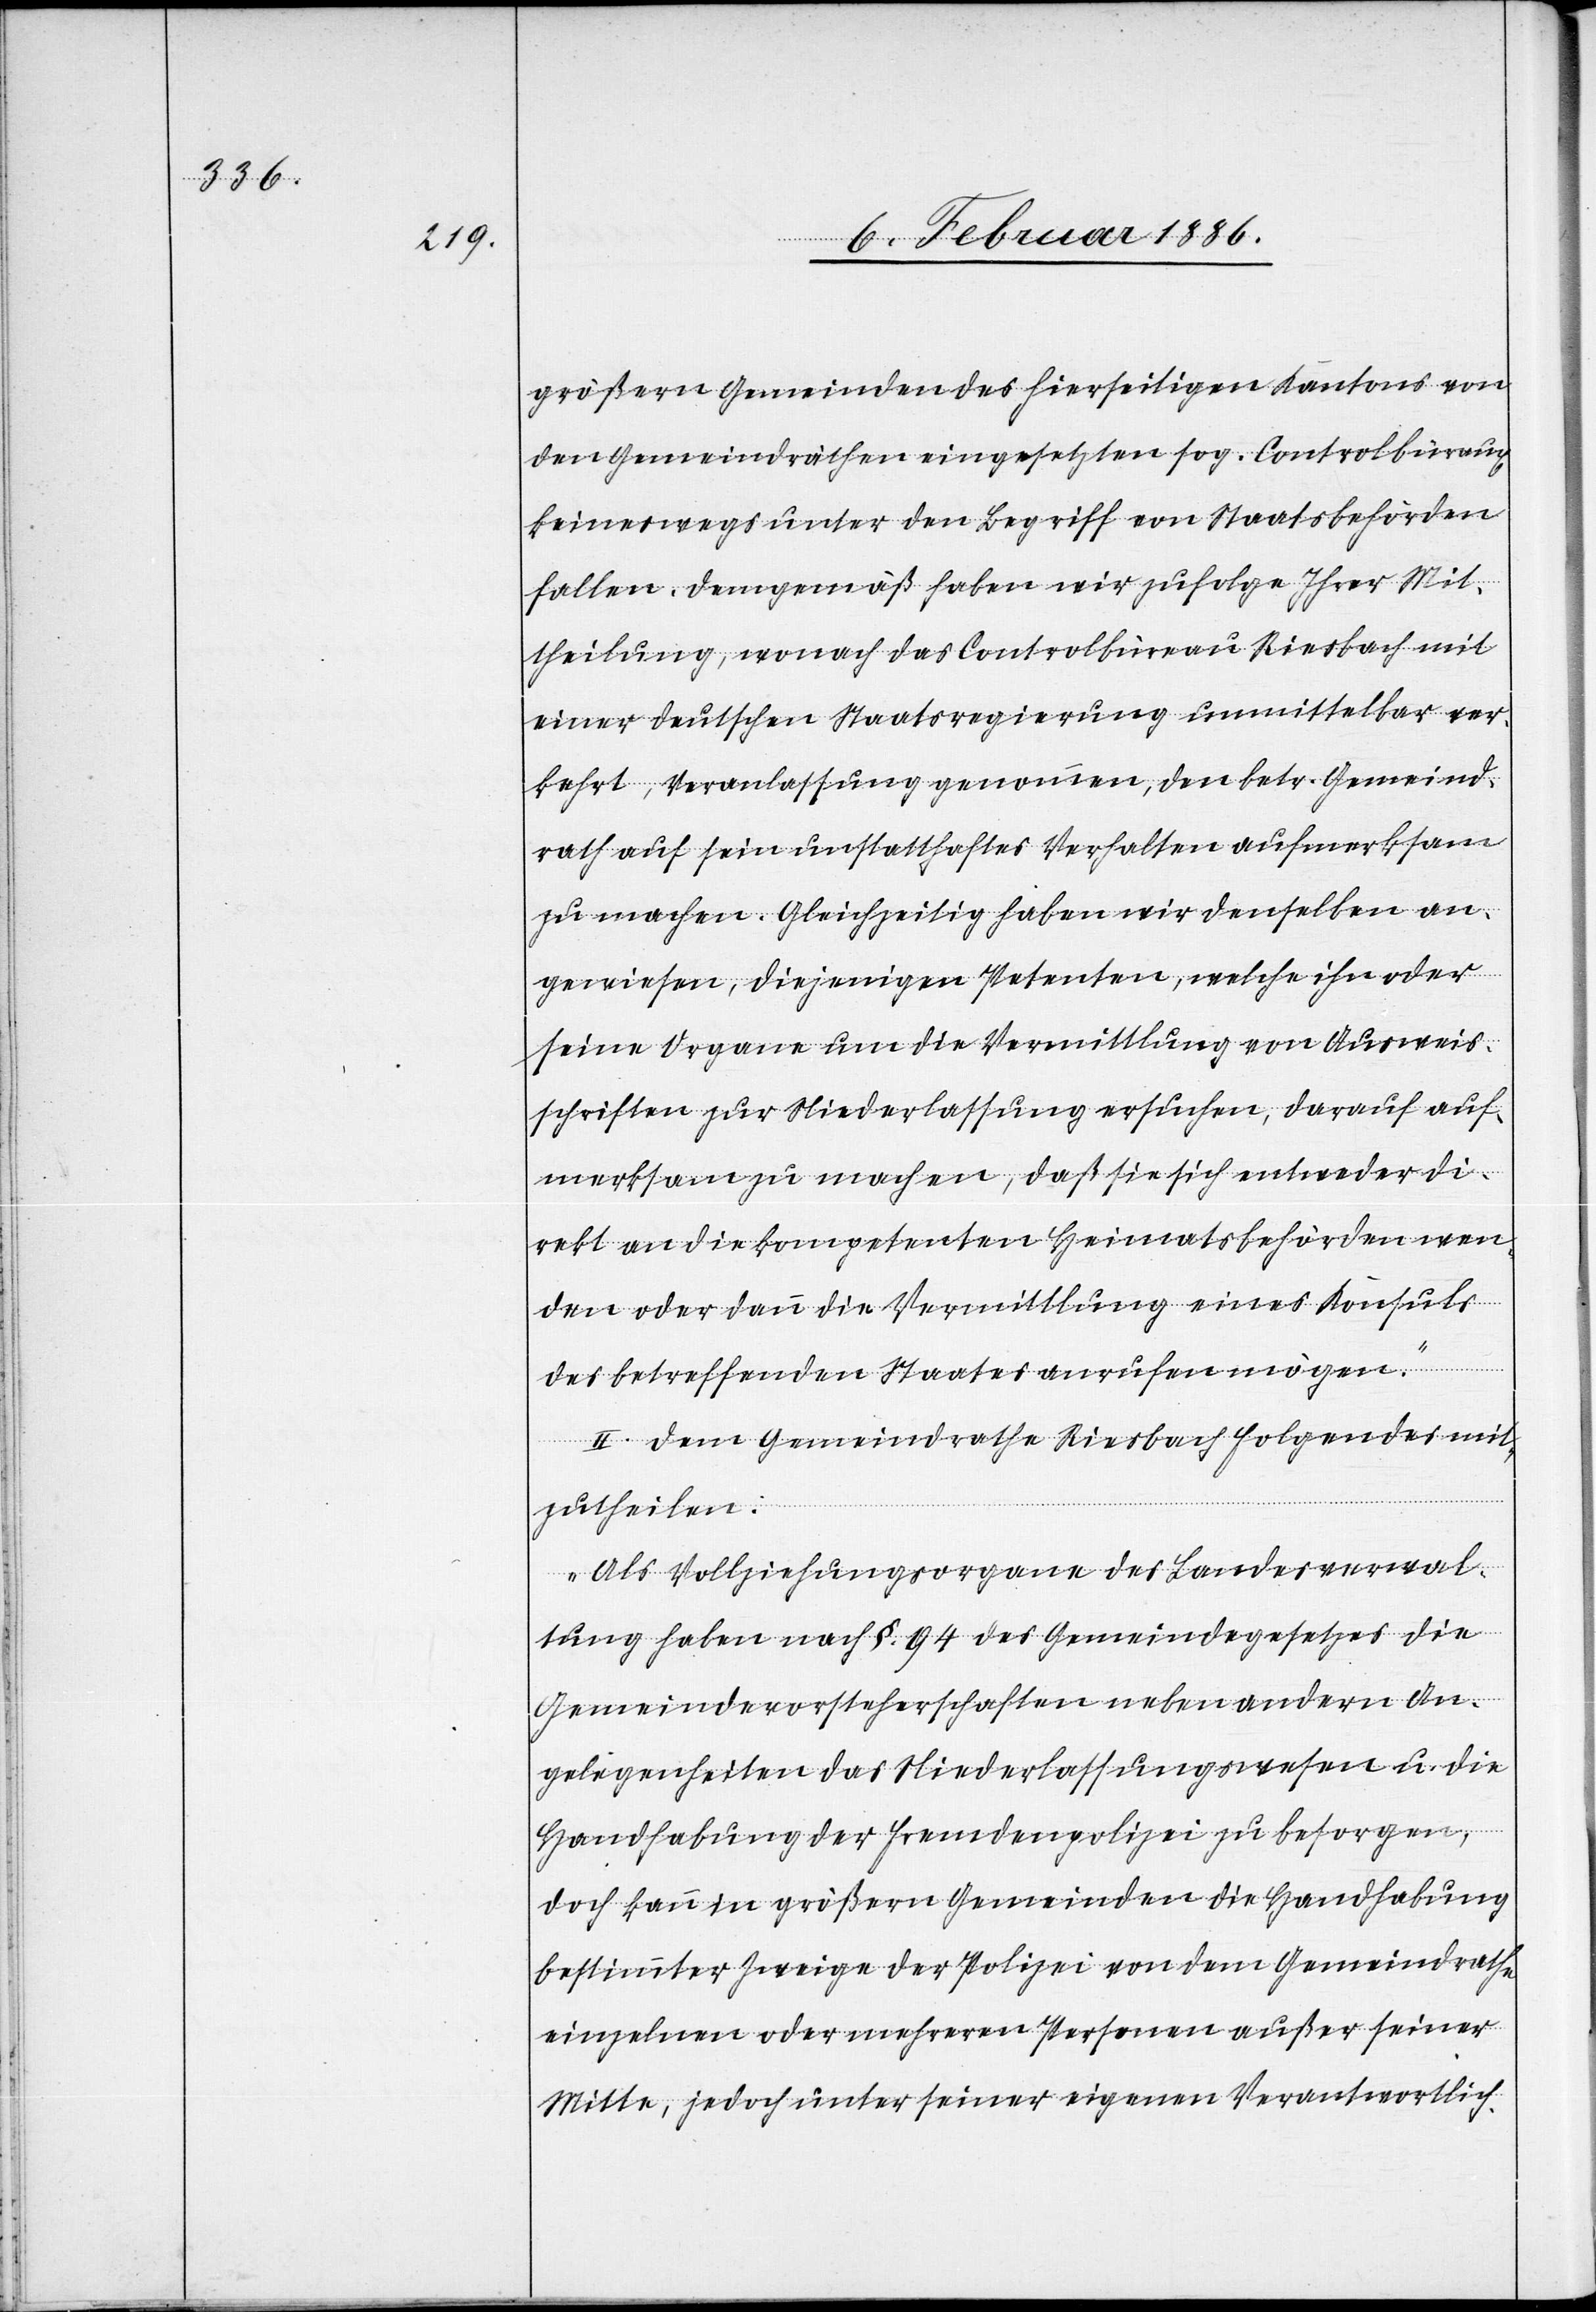
größern Gemeinden des hierseitigen Kantons von
den Gemeindräthen eingesetzten sog. Controlbureaus
keineswegs unter den Begriff von Staatsbehörden
fallen. Demgemäß haben wir zufolge Ihrer Mit¬
theilung, wonach das Controlbureau Riesbach mit
einer deutschen Staatsregierung unmittelbar ver¬
kehrt, Veranlassung genommen, den betr. Gemeind¬
rath auf sein unstatthaftes Verhalten aufmerksam
zu machen. Gleichzeitig haben wir denselben an¬
gewiesen, diejenigen Petenten, welche ihn oder
seinen Organen um die Vermittlung von Ausweis¬
schriften zur Niederlassung ersuchen, darauf auf¬
merksam zu machen, daß sie sich entweder di¬
rekt an die kompetenten Heimatsbehörden wen¬
den oder dann die Vermittlung eines Konsuls
des betreffenden Staates anrufen mögen.“
II. Dem Gemeindrathe Riesbach folgendes mit¬
zutheilen:
„Als Vollziehungsorgan der Landesverwal¬
tung haben nach §. 94 des Gemeindegesetzes die
Gemeindevorsteherschaften neben andern An¬
gelegenheiten das Niederlassungswesen u. die
Handhabung der Fremdenpolizei zu besorgen,
doch kann in größern Gemeinden die Handhabung
bestimmter Zweige der Polizei von dem Gemeindrathe
einzelnen oder mehreren Personen aus seiner
Mitte, jedoch unter seiner eigenen Verantwortlich-